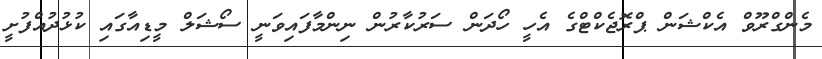
މެންގްރޫވް އެކްޝަން ޕްރޮޖެކްޓްގެ އެހީ ހޯދަން ސަރުކާރުން ނިންމާފައިވަނީ ސޯޝަލް މީޑިއާގައި ކުޅުދުއްފުށީ